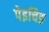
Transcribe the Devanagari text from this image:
पेइचिङ